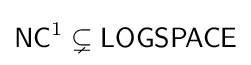
{\mathsf {NC}}^{1}\subsetneq {\mathsf {LOGSPACE}}